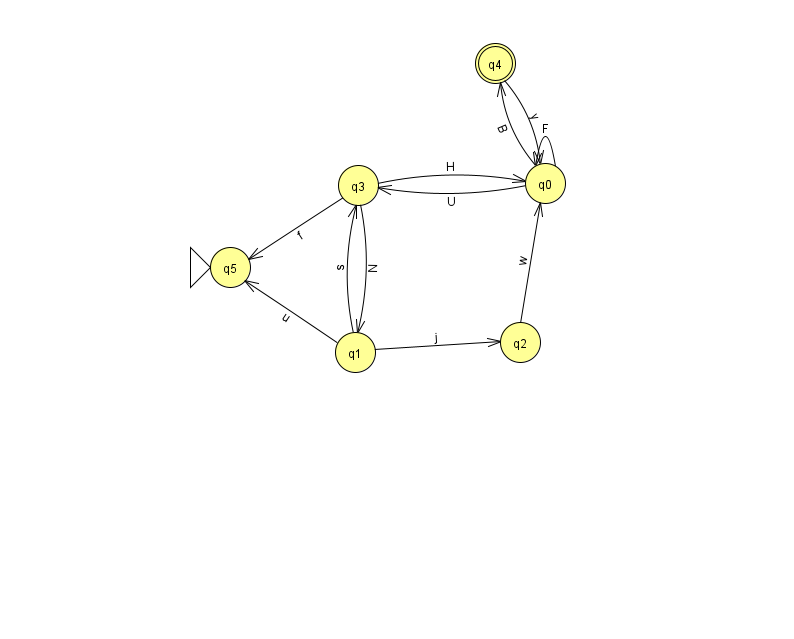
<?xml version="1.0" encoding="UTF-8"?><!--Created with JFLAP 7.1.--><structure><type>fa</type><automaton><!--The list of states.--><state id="0" name="q0"><x>545.0</x><y>170.0</y></state><state id="1" name="q1"><x>355.0</x><y>339.0</y></state><state id="2" name="q2"><x>520.0</x><y>329.0</y></state><state id="3" name="q3"><x>358.0</x><y>172.0</y></state><state id="4" name="q4"><x>495.0</x><y>50.0</y><final/></state><state id="5" name="q5"><x>230.0</x><y>254.0</y><initial/></state><!--The list of transitions.--><transition><from>2</from><to>0</to><read>w</read></transition><transition><from>4</from><to>0</to><read>y</read></transition><transition><from>0</from><to>0</to><read>F</read></transition><transition><from>0</from><to>3</to><read>U</read></transition><transition><from>1</from><to>3</to><read>s</read></transition><transition><from>1</from><to>5</to><read>u</read></transition><transition><from>0</from><to>4</to><read>B</read></transition><transition><from>1</from><to>2</to><read>j</read></transition><transition><from>3</from><to>0</to><read>H</read></transition><transition><from>3</from><to>1</to><read>N</read></transition><transition><from>3</from><to>5</to><read>f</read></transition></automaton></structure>